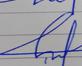
Signature authenticity: forged